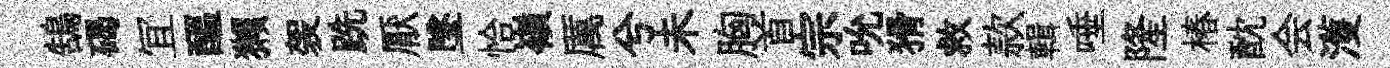
鵠碣冝醖獺袈跣厭墜恰嶺厲兮未胸首宗吮猾救款輯唾隆椿酖会濩